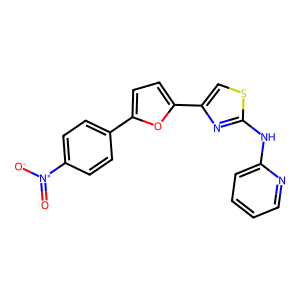
SMILES: O=[N+]([O-])c1ccc(-c2ccc(-c3csc(Nc4ccccn4)n3)o2)cc1
Inhibits HIV replication: No